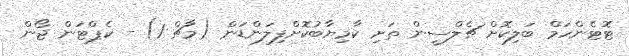
ޓޮޓެންހަމް ބަލިކޮށް ޗެލްސީން ތަށި ކާމިޔާބުކޮށްފިލަންޑަން (މާޗް 1) - ކެޕްޓަން ޖޯން